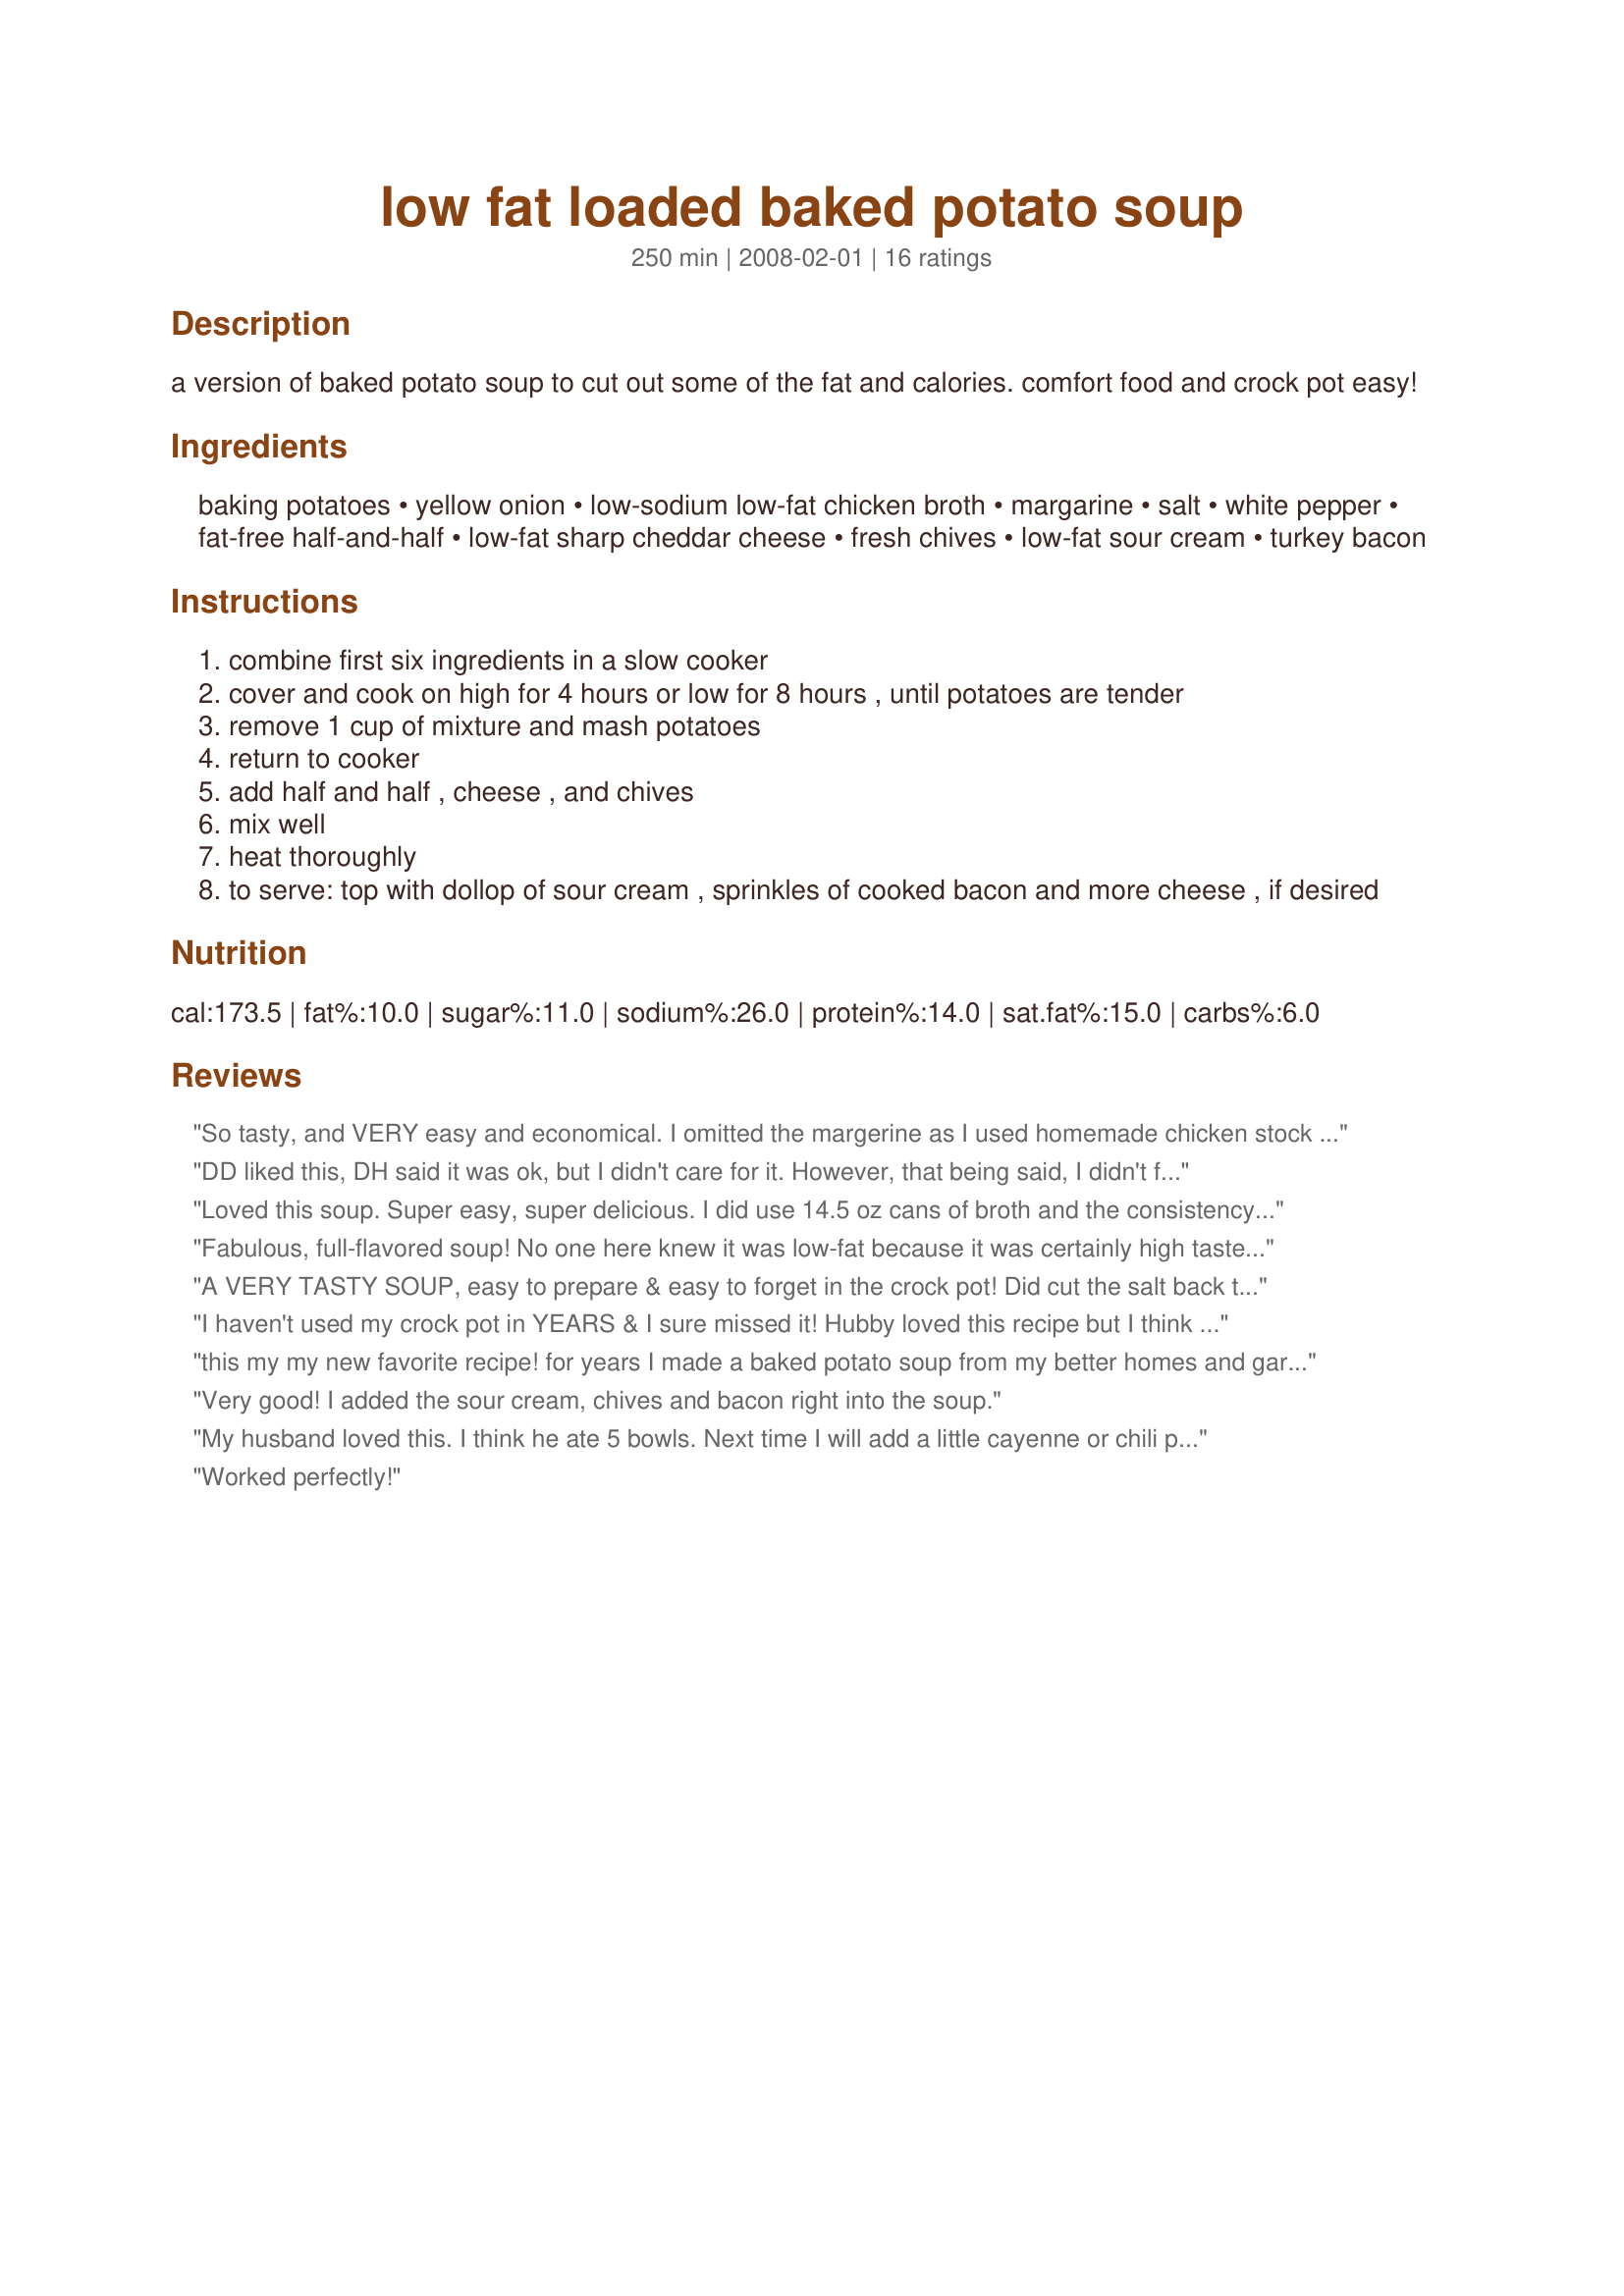
low fat loaded baked potato soup
Preparation time: 250 minutes

a version of baked potato soup to cut out some of the fat and calories. comfort food and crock pot easy!

Ingredients:
baking potatoes, yellow onion, low-sodium low-fat chicken broth, margarine, salt, white pepper, fat-free half-and-half, low-fat sharp cheddar cheese, fresh chives, low-fat sour cream, turkey bacon

Steps:
combine first six ingredients in a slow cooker
cover and cook on high for 4 hours or low for 8 hours , until potatoes are tender
remove 1 cup of mixture and mash potatoes
return to cooker
add half and half , cheese , and chives
mix well
heat thoroughly
to serve: top with dollop of sour cream , sprinkles of cooked bacon and more cheese , if desired

Reviews:
So tasty, and VERY easy and economical. I omitted the margerine as I used homemade chicken stock which had a layer of fat on the top. For me this made 4 servings as a complete supper served with some crusty, garlic rolls.
DD liked this, DH said it was ok, but I didn't care for it. However, that being said, I didn't follow directions to a "T" I parboiled the potatoes and sauted the onion before adding so it wouldn't have to cook as long. I also used a very good vegetable broth that I had on hand. I may try this again sometime and follow the recipe to the letter. If it makes a big difference I'll change my review.
Loved this soup. Super easy, super delicious. I did use 14.5 oz cans of broth and the consistency was just right. Thanks for posting this.
Fabulous, full-flavored soup! No one here knew it was low-fat because it was certainly high taste! I wanted this for lunch, so I slow simmered it on the stovetop. It was perfect. Another keeper, Caroline! MERP'd for All New Zaar Cookbook Tag.
A VERY TASTY SOUP, easy to prepare & easy to forget in the crock pot! Did cut the salt back to 1/4 teaspoon but otherwise followed the ingredients & directions! A friend of mine, watching his cholesterol, was most appreciative of this! Many thanks for posting! [Made & reviewed for one of my adoptees in this Spring's Pick-A-Chef]
I haven't used my crock pot in YEARS & I sure missed it! Hubby loved this recipe but I think there's an error--the broth should be in 14 1/2 oz cans! The consistency of my soup was more like mashed potatoes since I used the amt of broth listed--but the taste was still very good according to hubby. Turkey bacon was a great topping but I didn't mix the cheese in. I think cheese tends to make soup difficult to re-heat so he used it as a topping instead. Thank u very much for sharing!
this my my new favorite recipe! for years I made a baked potato soup from my better homes and gardens cook book, and it was just milk, cream, butter, cheese.... Anyway it was up in the 700' s for calorie count. so I was very happy to not only find this recipe, but I was ecstatic to discover it taisted even better!!! I didn't follow the recipe to a tee however. First of all, out of habit, I baked my potatoes in the oven first. then when I realized I wasn't supposed to I decided to let them cook anyway but I took them out before they were really soft. the skin peeled right off and I cut them into 1" by 1" chunks. they were still firm enough that the chunks I cut stayed whole. I will probably do this again next time because the middle pieces cooked through till they were perfectly soft, and the end pieces that were softer from the oven cooked even more and when ever I stored the soup the self mashed so I was able to skip the mashing step. it turned out perfect!!! Also, I had no white paper so I just used black and I also added two things. dill weed and carrots. the dill weed was an ingredient used in my previous recipe, and I LOVE the flavor it adds! I added the carrots for extra nutrients. they were delicious! my husband and daughter who "don't like soup" both had two servings!!! I am so happy!
Very good! I added the sour cream, chives and bacon right into the soup.
My husband loved this. I think he ate 5 bowls. Next time I will add a little cayenne or chili powder, just to add a little more flavor. Also, I didn't have any bacon, so I fried a little ham and threw it in. The flavor was great.
Worked perfectly!
This was phenomenal! I actually substituted the reduced fat shredded cheddar for fat free & the sour cream with 0% fat Greek yogurt. The BF, his 5 yr old & 8 yr old (both of whom refuse to eat anything but pigs in a blanket and pizza) absosmurfly LOVED it!! I was totally stoked! Thank you for submitting an awesome recipe!
OK, writing a 2nd review, because I absolutely recommend this recipe to anyone, not just people looking for a light version! It works fantastically with fat free evaporated (NOT condensed, just to make sure no one makes a mistake) milk and I always have that on hand. My son requests this at least 2 times a month and that&#039;s terrific as he&#039;s very picky since starting a new medicine!
So this is a great foundation but to make this soup restaurant quality you need to cook the bacon in the same pot your making the soup in remove the bacon when done. set aside for later to crumble. Then add onions stir until fragrant then add the rest of the ingredients expect the last four if your cooking this on a stove. While soup boiling roast broccoli. Wait until half of the liquid is gone blend soup with hand blender. Then add roasted broccoli, crumble bacon and cheddar cheese. best soup you will ever have.
Amazing, amazing, amazing! Oh, this was the best! This is now going to replace my much more complicated tried and true pleaser! Oh, I bow to you, Caroline...

I used some mega large potatoes, but hey, go for it! Less onion for my son, no sour cream for my family, Hormel bacon pieces and mixed 1/2 of them right into the creamy soup. I mashed most at the end, leaving about 5 chunks per bowl. We used to devour soup at Bennigan's and this is the closest and MUCH healthier! Could add more white veggies in but I don't think I'll tamper w/ it. Unusual for me. 

My son said, "Mommy, you should be a chef in a 10 star resturant" and it spurred a very enjoyable conversation about what "our resturant" would serve, who would work in which jobs, and much much more with animated facial expressions and hands. :D 

Thank you from the bottom of our filled up tummies!
We all enjoyed it very much! Thank you for sharing a super yummy flavorful recipe! We had leftover turkey bacon, so we decided on a soup &amp; sandwich dinner with BLTs. Perfect for our cold New England winter evening. Definitely a 5 star rating.
This turned out great! I highly recommend. My boyfriend ate it all up! Of course I didnt tell him it was low fat until afterwards.
